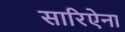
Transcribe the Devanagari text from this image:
सारिऐना